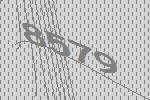
8579